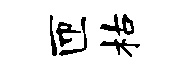
匝枯